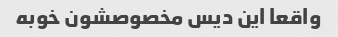
واقعا این دیس مخصوصشون خوبه